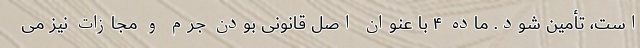
است، تأمین شود. ماده ۴ با عنوان اصل قانونی بودن جرم و مجازات نیز می